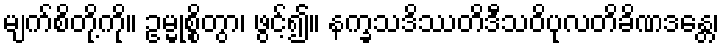
မျက်စိတို့ကို။ ဥမ္မုစ္စိတွာ၊ ဖွင့်၍။ နက္ခသဒိဿတိဒီသဝိပုလတိခိဏဒန္တေ၊